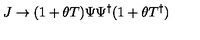
J \rightarrow ( 1 + \theta T ) \Psi \Psi ^ { \dagger } ( 1 + \theta T ^ { \dagger } )